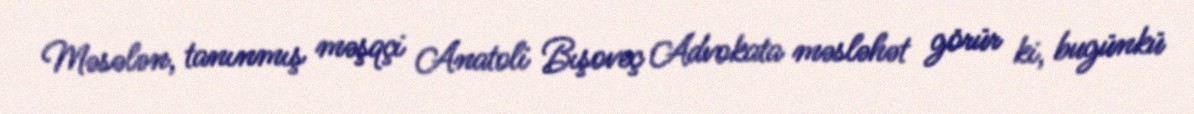
Məsələn, tanınmış məşqçi Anatoli Bışoveç Advokata məsləhət görür ki, bugünkü